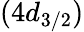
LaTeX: (4d_{3/2})